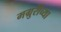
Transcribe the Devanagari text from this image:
मग्रुरीच्या